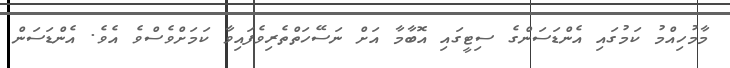
މާމުހިއްމު ކަމުގައި އެންޑަސަންގެ ސިޓީގައި އޮބާމާ އަށް ނަސޭހަތްތެރިވެފައިވާ ކަމަށްވެސްވެ އެވެ. އެންޑަސަން